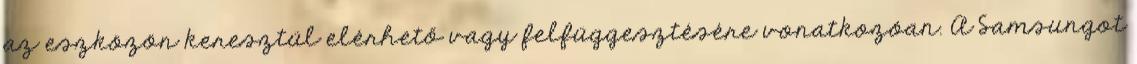
az eszközön keresztül elérhető vagy felfüggesztésére vonatkozóan. A Samsungot